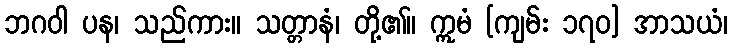
ဘဂဝါ ပန၊ သည်ကား။ သတ္တာနံ၊ တို့၏။ ဣမံ [ကျမ်း ၁၇၀] အာသယံ၊